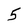
Character: 5